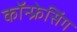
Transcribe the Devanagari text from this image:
कॉन्फ्रेसिंग